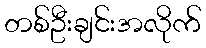
တစ်ဦးချင်းအလိုက်